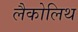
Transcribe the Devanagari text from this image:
लैकोलिथ